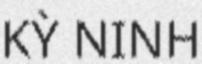
KỲ NINH